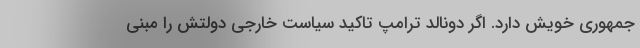
جمهوری خویش دارد. اگر دونالد ترامپ تاکید سیاست خارجی دولتش را مبنی